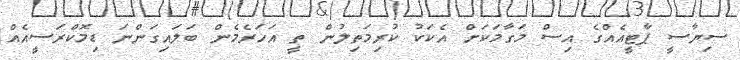
ސިޔާސީ ޕާޓީއެއްގެ އިސް މަގާމަކަށް އެކަކު ކުރިމަތިލުން ތީ އަހަރެމެން ބަލައިގަންނަ ޑިމޮކްރަސީއެއް